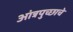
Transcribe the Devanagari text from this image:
आंत्रपुच्छाचे